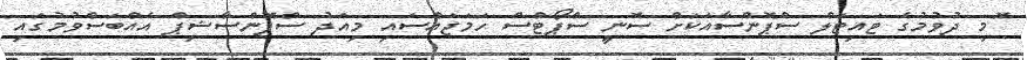
ޮމި ދުވުމުގެ ޓައިޓަލް ސްޕޮންސާއަކަށް ސޮނީ ސްޕޯޓްސް ހަމަޖައްސައި މިއަދު ސްޕޮންސާޝިޕް އެއްބަސްވުމުގައި